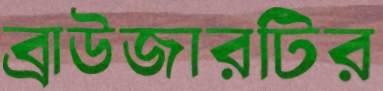
ব্রাউজারটির